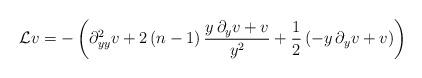
LaTeX: \begin{align*}\mathcal{L}v=-\left(\partial_{yy}^{2}v+2\left(n-1\right)\frac{y\,\partial_{y}v+v}{y^{2}}+\frac{1}{2}\left(-y\,\partial_{y}v+v\right)\right)\end{align*}